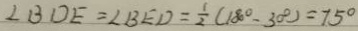
\angle B D E = \angle B E D = \frac { 1 } { 2 } ( 1 8 0 ^ { \circ } - 3 0 ^ { \circ } ) = 7 5 ^ { \circ }